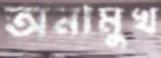
অনামুখ